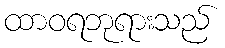
ထာဝရဘုရားသည်